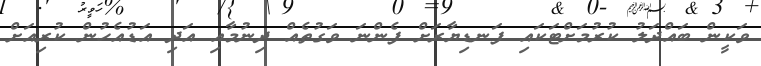
ވަކީން ބައްދަލު ކުރުމަށްޓަކައި ފަނޑިޔާރަށް ފެންނަ ވަގުތެއް ދިނުމާއި އަދި އަޑުއެހުން ކުރިއަށް